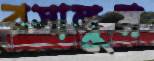
রসালুম